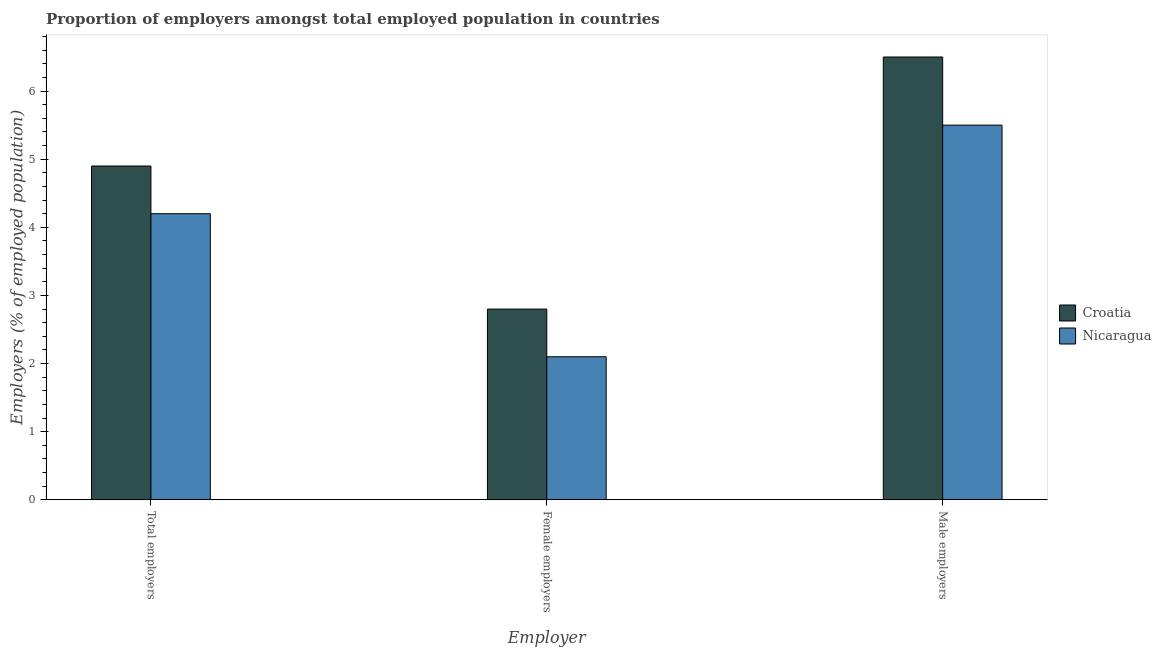
| Employer | Croatia | Nicaragua |
 | --- | --- | --- |
 | Total employers | 4.9 | 4.2 |
 | Female employers | 2.8 | 2.1 |
 | Male employers | 6.5 | 5.5 |